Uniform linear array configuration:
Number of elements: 12
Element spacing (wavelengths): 0.5
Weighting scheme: hann
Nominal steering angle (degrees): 0
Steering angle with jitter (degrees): -1.278
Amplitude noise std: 0.05
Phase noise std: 0.05

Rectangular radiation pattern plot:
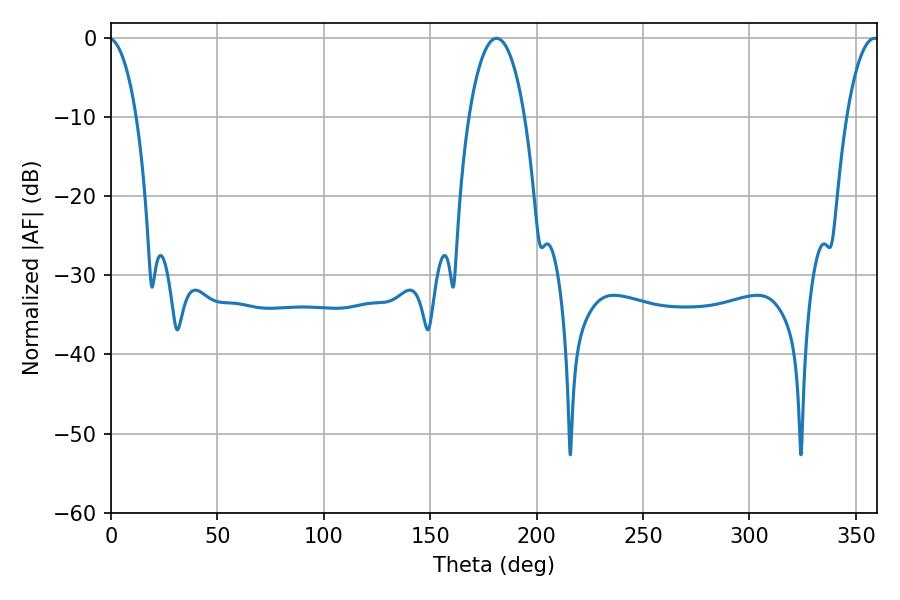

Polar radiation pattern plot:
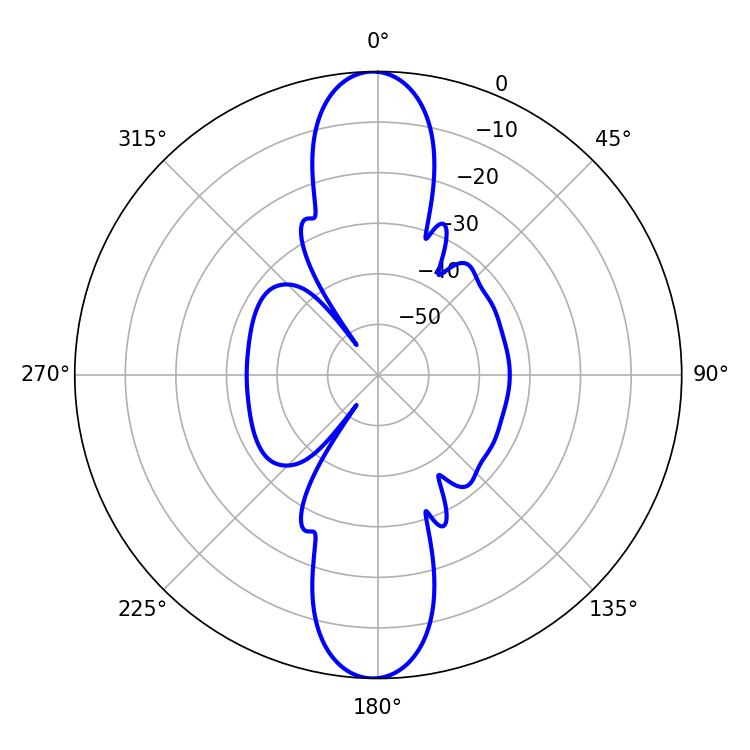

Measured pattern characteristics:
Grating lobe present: FALSE
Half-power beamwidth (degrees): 14.76
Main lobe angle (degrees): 181.08